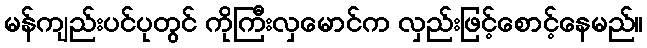
မန်ကျည်းပင်ပုတွင် ကိုကြီးလှမောင်က လှည်းဖြင့်စောင့်နေမည်။